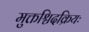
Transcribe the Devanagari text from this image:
मुक्तश्चिदक्रियः